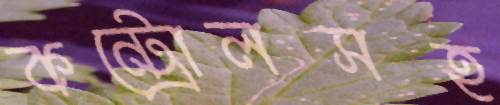
কন্ট্রোলসহ